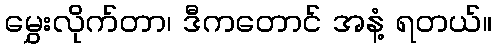
မွှေးလိုက်တာ၊ ဒီကတောင် အနံ့ ရတယ်။